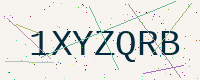
Text: 1XYZQRB